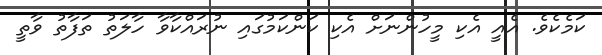
ކަމެކެވެ. އެއީ އެކި މީހުންނަށް އެކި ކަންކަމުގައި ނުރައްކާވާ ހާލަތު ތަފާތު ވާތީ